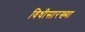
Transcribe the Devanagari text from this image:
विधीसारख्या